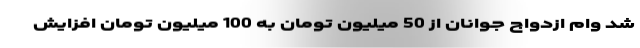
شد وام ازدواج جوانان از 50 میلیون تومان به 100 میلیون تومان افزایش